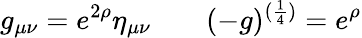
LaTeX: g_{\mu\nu}=e^{2\rho}\eta_{\mu\nu}\; \; \; \; \; \; \; (-g)^{({\frac{1}{4}})}=e^{\rho}